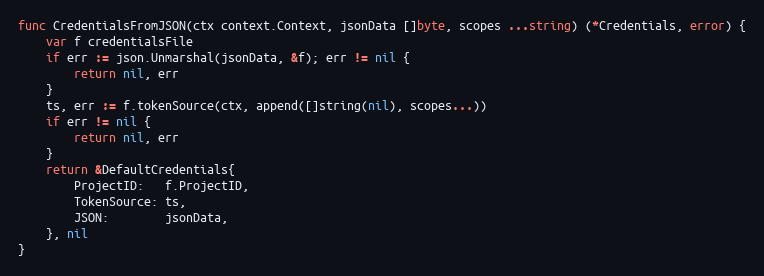
Language: Go
func CredentialsFromJSON(ctx context.Context, jsonData []byte, scopes ...string) (*Credentials, error) {
	var f credentialsFile
	if err := json.Unmarshal(jsonData, &f); err != nil {
		return nil, err
	}
	ts, err := f.tokenSource(ctx, append([]string(nil), scopes...))
	if err != nil {
		return nil, err
	}
	return &DefaultCredentials{
		ProjectID:   f.ProjectID,
		TokenSource: ts,
		JSON:        jsonData,
	}, nil
}